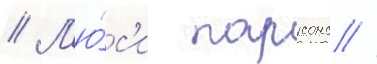
// Л'ю́с'и парсонс //